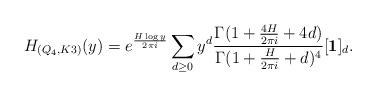
LaTeX: \begin{align*}H_{(Q_4,K3)}(y)=e^{\frac{H\log y}{2\pi i}}\sum_{d\geq 0} y^d \frac{\Gamma(1+\frac{4H}{2\pi i}+4d)}{\Gamma (1+\frac{H}{2\pi i}+d)^4}[\textbf{1}]_{d}.\end{align*}